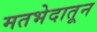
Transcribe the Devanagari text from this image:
मतभेदातून